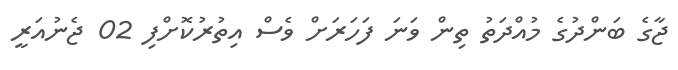
ޖާގެ ބަންދުގެ މުއްދަތު ތިން ވަނަ ފަހަރަށް ވެސް އިތުރުކޮށްފި 02 ޖެނުއަރީ